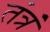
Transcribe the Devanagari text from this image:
तंत्रं